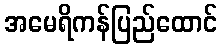
အမေရိကန်ပြည်ထောင်